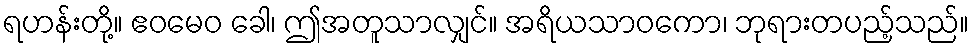
ရဟန်းတို့။ ဧဝမေဝ ခေါ၊ ဤအတူသာလျှင်။ အရိယသာဝကော၊ ဘုရားတပည့်သည်။